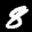
Label: 8